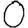
Digit: 0